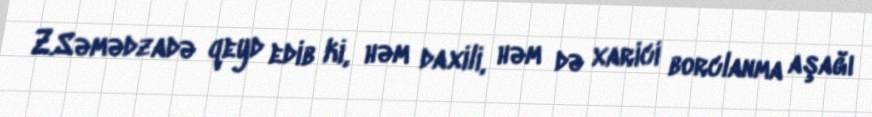
Z.Səmədzadə qeyd edib ki, həm daxili, həm də xarici borclanma aşağı